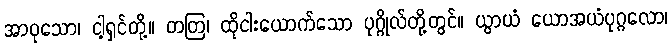
အာဝုသော၊ ငါ့ရှင်တို့။ တတြ၊ ထိုငါးယောက်သော ပုဂ္ဂိုလ်တို့တွင်။ ယွာယံ ယောအယံပုဂ္ဂလော၊